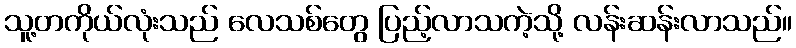
သူ့တကိုယ်လုံးသည် လေသစ်တွေ ပြည့်လာသကဲ့သို့ လန်းဆန်းလာသည်။